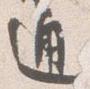
通